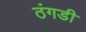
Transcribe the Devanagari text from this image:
ठंगडी